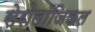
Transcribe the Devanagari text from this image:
सेरोलॉजिकल